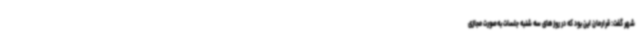
شهر گفت: قرارمان این بود که در روزهای سه شنبه جلسات به‌صورت مجازی